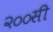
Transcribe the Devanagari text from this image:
२००सी